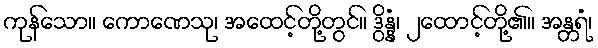
ကုန်သော။ ကောဏေသု၊ အထေင့်တို့တွင်။ ဒွိန္နံ၊ ၂ထောင့်တို့၏။ အန္တရံ၊